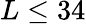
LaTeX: L\leq 34